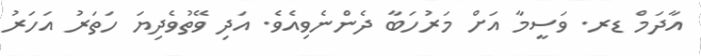
އާދަމް ޑރ. ވަސީމާ އަށް މަރުހަބާ ދެންނެވިއެވެ. އަދި ވޭތުވެދިޔަ ހަތަރު އަހަރު